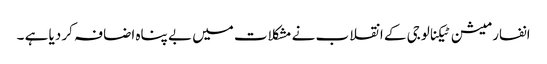
انفارمیشن ٹیکنالوجی کے انقلاب نے مشکلات میں بے پناہ اضافہ کر دیا ہے ۔